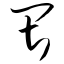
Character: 畏